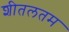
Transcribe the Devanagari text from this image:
शीतलतम